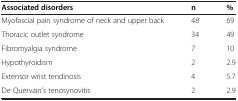
<table><thead><tr><td><b>Associated disorders</b></td><td><b>n</b></td><td><b>%</b></td></tr></thead><tbody><tr><td>Myofascial pain syndrome of neck and upper back</td><td>48</td><td>69</td></tr><tr><td>Thoracic outlet syndrome</td><td>34</td><td>49</td></tr><tr><td>Fibromyalgia syndrome</td><td>7</td><td>10</td></tr><tr><td>Hypothyroidism</td><td>2</td><td>2.9</td></tr><tr><td>Extensor wrist tendinosis</td><td>4</td><td>5.7</td></tr><tr><td>De Quervain’s tenosynovitis</td><td>2</td><td>2.9</td></tr></tbody></table>